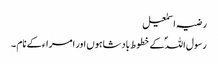
رضیہ اسمٰعیل
رسول اللہؐ کے خطوط بادشاہوں اور امراء کے نام ۔